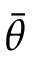
\bar { \theta }